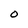
Character: O